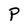
Character: P